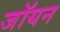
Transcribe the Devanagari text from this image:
जॉयन